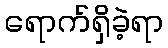
ရောက်ရှိခဲ့ရာ